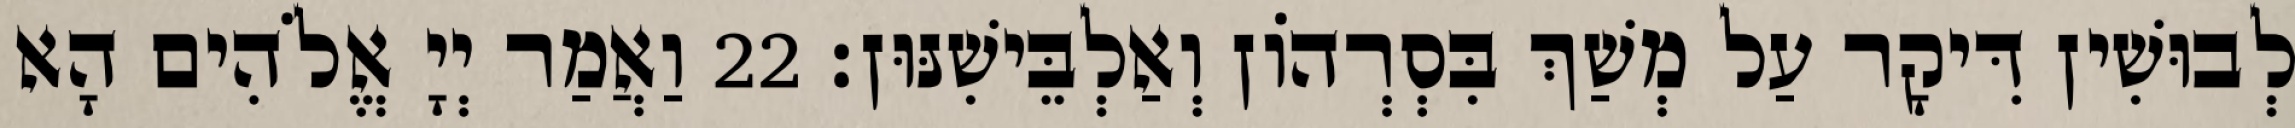
לְבוּשִׁין דִּיקָר עַל מְשַׁךְ בִּסְרְהוֹן וְאַלְבֵּישִׁנּוּן׃ 22 וַאֲמַר יְיָ אֱלֹהִים הָא